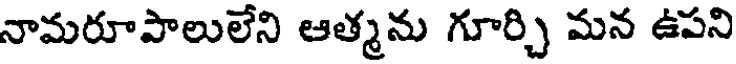
నామరూపాలులేని ఆత్మను గూర్చి మన ఉపని